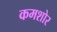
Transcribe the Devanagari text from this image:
कमशोर